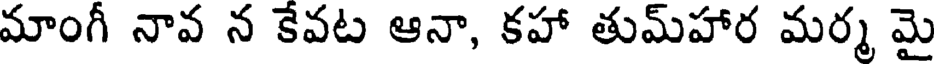
మాంగీ నావ న కేవట ఆనా, కహా తుమ్హార మర్మ మై